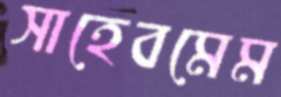
সাহেবমেম